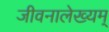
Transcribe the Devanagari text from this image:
जीवनालेख्यम्